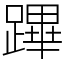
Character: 蹕